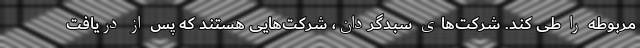
مربوطه را طی کند. شرکت‌های سبدگردان، شرکت‌هایی هستند که پس از دریافت